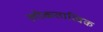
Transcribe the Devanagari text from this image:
लोकतात्विक